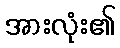
အားလုံး၏